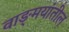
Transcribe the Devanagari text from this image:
वाङ्‍मयांतील